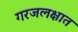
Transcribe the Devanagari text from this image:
गरजलक्षात